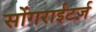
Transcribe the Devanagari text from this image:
सोंगराईटर्ज़